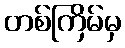
တစ်ကြိမ်မှ